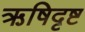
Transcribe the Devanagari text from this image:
ऋषिदृष्ट